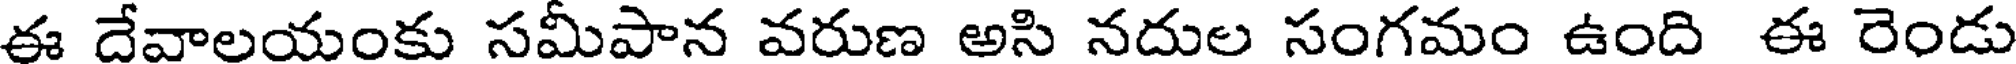
ఈ దేవాలయంకు సమీపాన వరుణ అసి నదుల సంగమం ఉంది ఈ రెండు